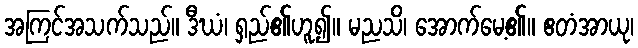
အကြင်အသက်သည်။ ဒီဃံ၊ ရှည်၏ဟူ၍။ မညသိ၊ အောက်မေ့၏။ ဧတံအာယု၊